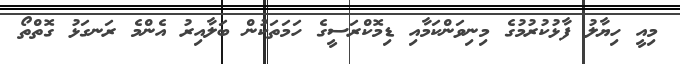
މިއީ ހިޔާލު ފާޅުކުރުމުގެ މިނިވަންކަމާއި ޑިމޮކްރަސީގެ ހަމަތަކުން ބަލާއިރު އެންމެ ރަނގަޅު ގޮތްތޯ